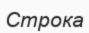
Строка